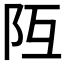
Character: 𨸧